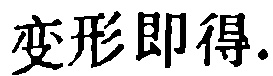
变形即得.